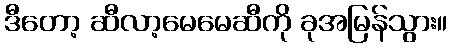
ဒီတော့ ဆီလာ့မေမေဆီကို ခုအမြန်သွား။